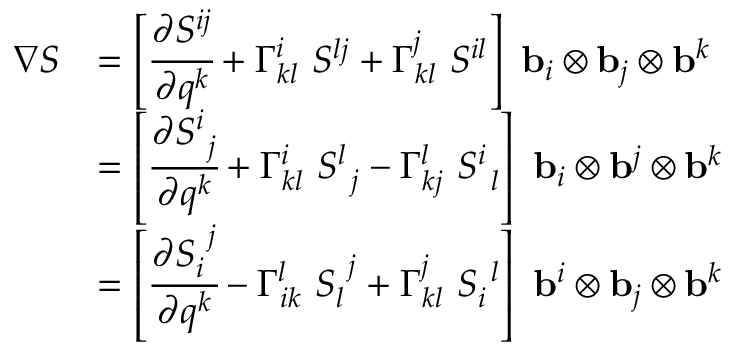
{ \begin{array} { r l } { { \boldsymbol { \nabla } } { \boldsymbol { S } } } & { = \left[ { \cfrac { \partial S ^ { i j } } { \partial q ^ { k } } } + \Gamma _ { k l } ^ { i } ~ S ^ { l j } + \Gamma _ { k l } ^ { j } ~ S ^ { i l } \right] ~ \mathbf { b } _ { i } \otimes \mathbf { b } _ { j } \otimes \mathbf { b } ^ { k } } \\ & { = \left[ { \cfrac { \partial S _ { ~ j } ^ { i } } { \partial q ^ { k } } } + \Gamma _ { k l } ^ { i } ~ S _ { ~ j } ^ { l } - \Gamma _ { k j } ^ { l } ~ S _ { ~ l } ^ { i } \right] ~ \mathbf { b } _ { i } \otimes \mathbf { b } ^ { j } \otimes \mathbf { b } ^ { k } } \\ & { = \left[ { \cfrac { \partial S _ { i } ^ { ~ j } } { \partial q ^ { k } } } - \Gamma _ { i k } ^ { l } ~ S _ { l } ^ { ~ j } + \Gamma _ { k l } ^ { j } ~ S _ { i } ^ { ~ l } \right] ~ \mathbf { b } ^ { i } \otimes \mathbf { b } _ { j } \otimes \mathbf { b } ^ { k } } \end{array} }